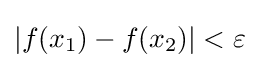
|f(x_{1})-f(x_{2})|<\varepsilon